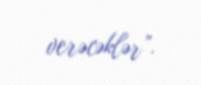
verəcəklər”.